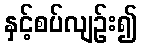
နှင့်စပ်လျဉ်း၍